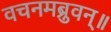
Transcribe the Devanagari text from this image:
वचनमब्रुवन्॥